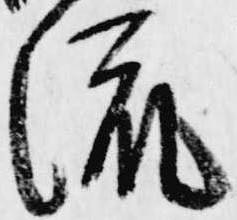
流